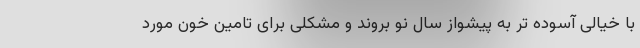
با خیالی آسوده تر به پیشواز سال نو بروند و مشکلی برای تامین خون مورد